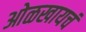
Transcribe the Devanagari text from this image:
ओळखायचं